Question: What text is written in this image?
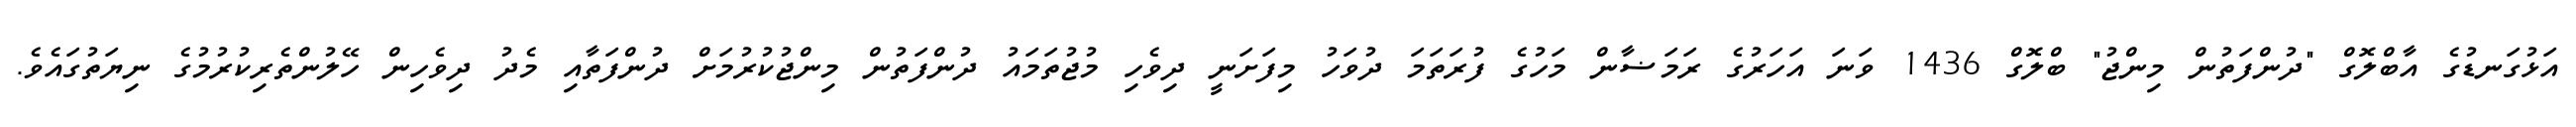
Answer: އަޅުގަނޑުގެ އާބްލޮގް "ދުންފަތުން މިންޖު" ބްލޮގް 1436 ވަނަ އަހަރުގެ ރަމަޟާން މަހުގެ ފުރަތަމަ ދުވަހު މިފަށަނީ ދިވެހި މުޖުތަމައު ދުންފަތުން މިންޖުކުރުމަށް ދުންފަތާއި މެދު ދިވެހިން ހޭލުންތެރިކުރުމުގެ ނިޔަތުގައެވެ.